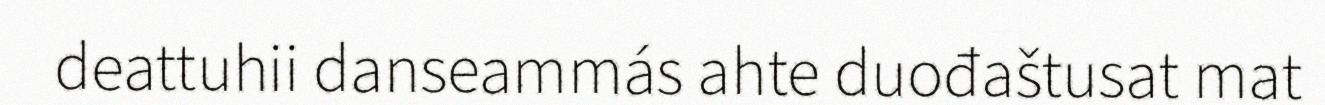
deattuhii danseammás ahte duođaštusat mat